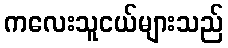
ကလေးသူငယ်များသည်